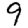
Digit: 9